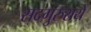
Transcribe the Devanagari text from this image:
सदगुरुराये